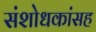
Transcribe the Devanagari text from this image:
संशोधकांसह